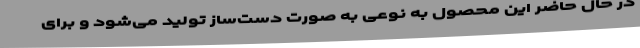
در حال حاضر این محصول به نوعی به صورت دست‌ساز تولید می‌شود و برای